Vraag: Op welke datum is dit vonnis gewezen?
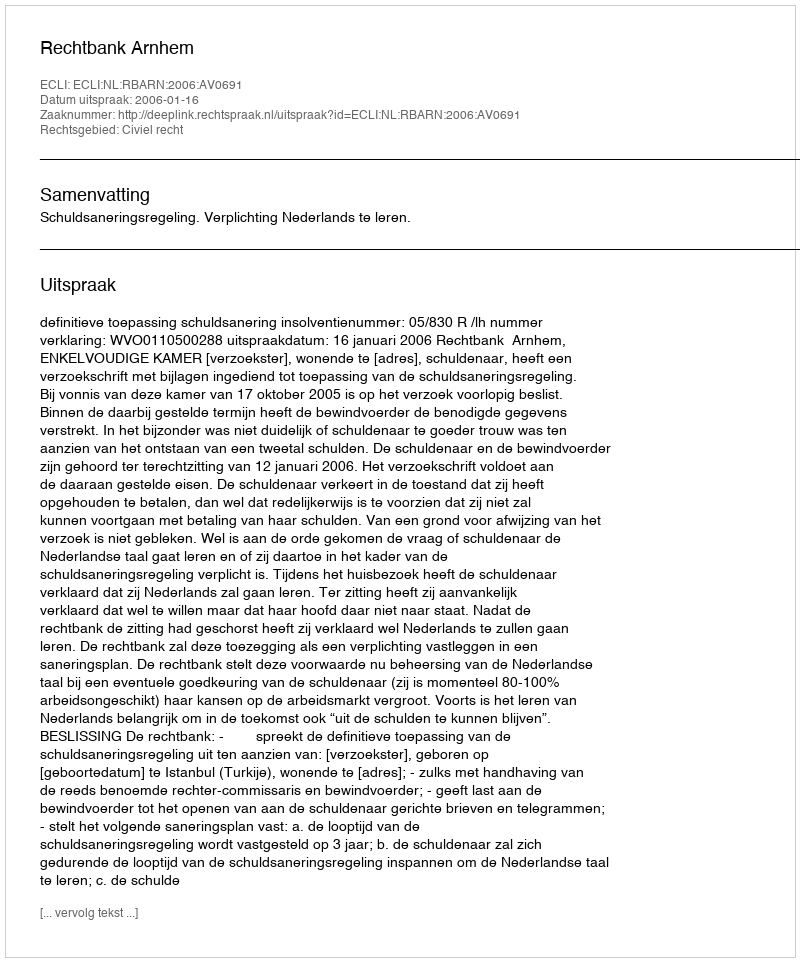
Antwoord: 2006-01-16